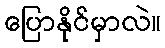
ပြောနိုင်မှာလဲ။